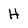
Character: H